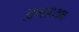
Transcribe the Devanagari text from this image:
अश्वाध्यक्ष